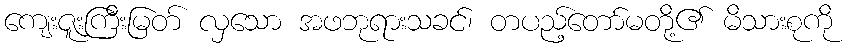
ကျေးဇူးကြီးမြတ် လှသော အဖဘုရားသခင်၊ တပည့်တော်မတို့၏ မိသားစုကို